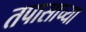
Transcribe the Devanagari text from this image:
तपासाच्या